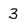
Character: 3